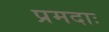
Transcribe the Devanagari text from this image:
प्रमदाः